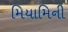
મિયામિની